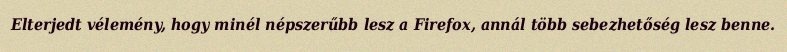
Elterjedt vélemény, hogy minél népszerűbb lesz a Firefox, annál több sebezhetőség lesz benne.